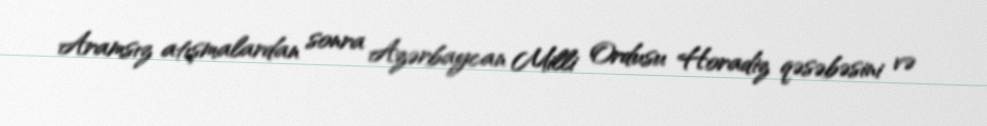
Aramsız atışmalardan sonra Azərbaycan Milli Ordusu Horadiz qəsəbəsini və